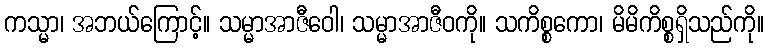
ကသ္မာ၊ အဘယ်ကြောင့်။ သမ္မာအာဇီဝေါ၊ သမ္မာအာဇီဝကို။ သကိစ္စကော၊ မိမိကိစ္စရှိသည်ကို။